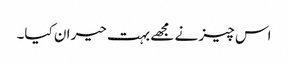
اس چیز نے مجھے بہت حیران کیا۔